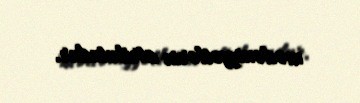
mədəniyyətlərin atributudur.